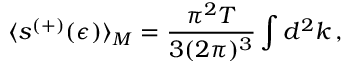
\langle s ^ { ( + ) } ( \epsilon ) \rangle _ { M } = \frac { \pi ^ { 2 } T } { 3 ( 2 \pi ) ^ { 3 } } \int d ^ { 2 } k \, { , }